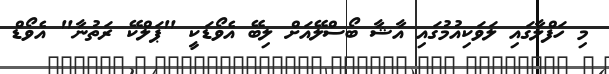
މި ހަފްލާގައި ލަވަކިއުމުގައި އާޝާ ބޯސްލޭއަށް ލިބޭ އެވޯޑަކީ "ޕަލްކޭ ރަތުނާ" އެވޯޑް